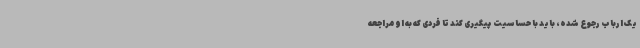
یک ارباب رجوع شده، باید با حساسیت پیگیری کند تا فردی که به او مراجعه